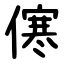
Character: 㒏